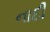
નાદી